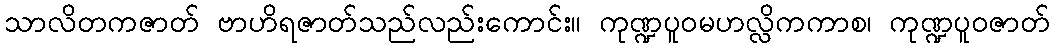
သာလိတကဇာတ် ဗာဟိရဇာတ်သည်လည်းကောင်း။ ကုဏ္ဍပူဝမဟလ္လိကကာစ၊ ကုဏ္ဍပူဝဇာတ်